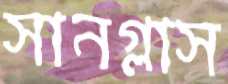
সানগ্লাস